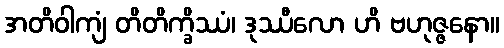
အတိဝါကျံ တိတိက္ခိဿံ၊ ဒုဿီလော ဟိ ဗဟုဇ္ဇနော။